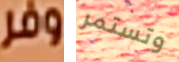
وفر وتستمر